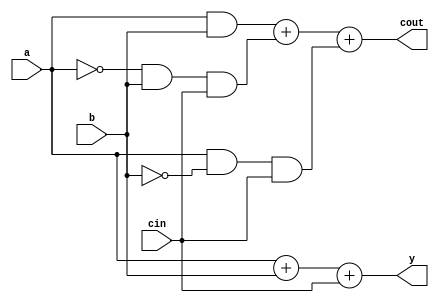
module adder(
    input a,
    input b,
    input cin,
    output y,
    output cout
  );

  assign y = a + b + cin;
  assign cout = (a & b) + (~a & b & cin) + (a & ~b & cin);

endmodule